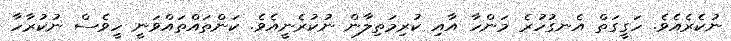
ނުކެރެއެވެ. ހަގީގަތް އެނގުހުރެ މަންހާ އާއި ކުރިމަތިލާން ނުކުރެނީއެވެ. ކަންތައްތައްވަނީ ހީވެސް ނުކުރާހާ